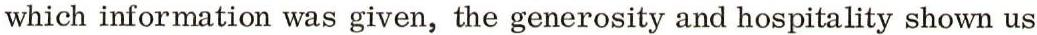
which information was given, the generosity and hospitality shown us